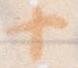
十